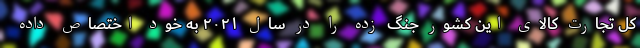
کل تجارت کالای این کشور جنگ زده را در سال ۲۰۲۱ به خود اختصاص داده